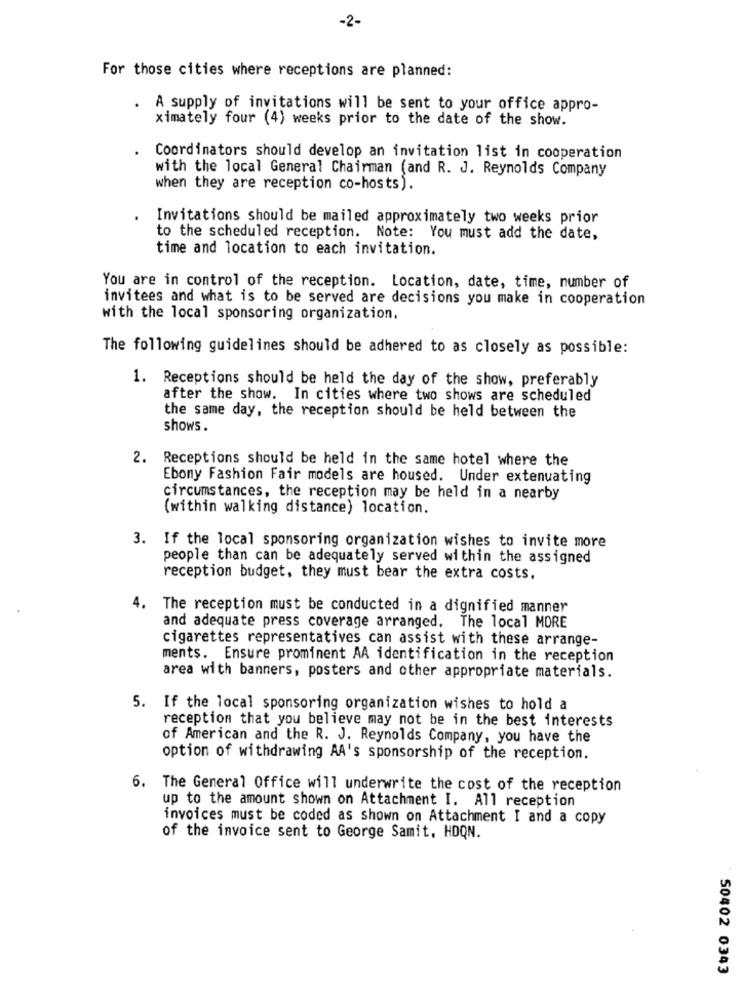
-2-
For those cities where receptions are planned:
.
A supply of invitations will be sent to your office appro-
ximately four (4) weeks prior to the date of the show.
Coordinators should develop an invitation list in cooperation
with the local General Chairman (and R. J. Reynolds Company
when they are reception co-hosts).
Invitations should be mailed approximately two weeks prior
to the scheduled reception. Note: You must add the date,
time and location to each invitation.
You are in control of the reception. Location, date, time, number of
invitees and what is to be served are decisions you make in cooperation
with the local sponsoring organization.
The following guidelines should be adhered to as closely as possible:
1. Receptions should be held the day of the show, preferably
after the show. In cities where two shows are scheduled
the same day, the reception should be held between the
shows
2. Receptions should be held in the same hotel where the
Ebony Fashion Fair models are housed. Under extenuating
circumstances, the reception may be held in a nearby
(within walking distance) location.
3. If the local sponsoring organization wishes to invite more
people than can be adequately served within the assigned
reception budget, they must bear the extra costs.
4. The reception must be conducted in a dignified manner
and adequate press coverage arranged. The local MORE
cigarettes representatives can assist with these arrange-
ments. Ensure prominent AA identification in the reception
area with banners, posters and other appropriate materials.
5. If the local sponsoring organization wishes to hold a
reception that you believe may not be in the best interests
of American and the R. J. Reynolds Company, you have the
option of withdrawing AA's sponsorship of the reception.
6. The General Office will underwrite the cost of the reception
up to the amount shown on Attachment I. All reception
invoices must be coded as shown on Attachment I and a copy
of the invoice sent to George Samit. HOQN.
50402 0343